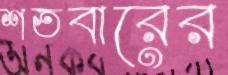
শতবারের